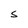
Character: S